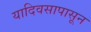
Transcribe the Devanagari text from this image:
यादिवसापासून